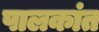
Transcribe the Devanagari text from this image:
पालकांत